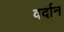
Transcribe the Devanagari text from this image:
वर्दान